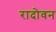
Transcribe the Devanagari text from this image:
रादोवन